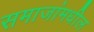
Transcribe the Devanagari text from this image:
समाजांमधील